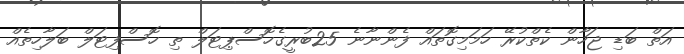
އަތް ބަޑި ޖަހާން ކެތްކުރޭ ހަމަމިގޮތައް ފެންނާނެ 25ބުރީގެހޮސްޕިޓަލް ތި ހޮސްފިޓަލް ބަލާހިތެއް